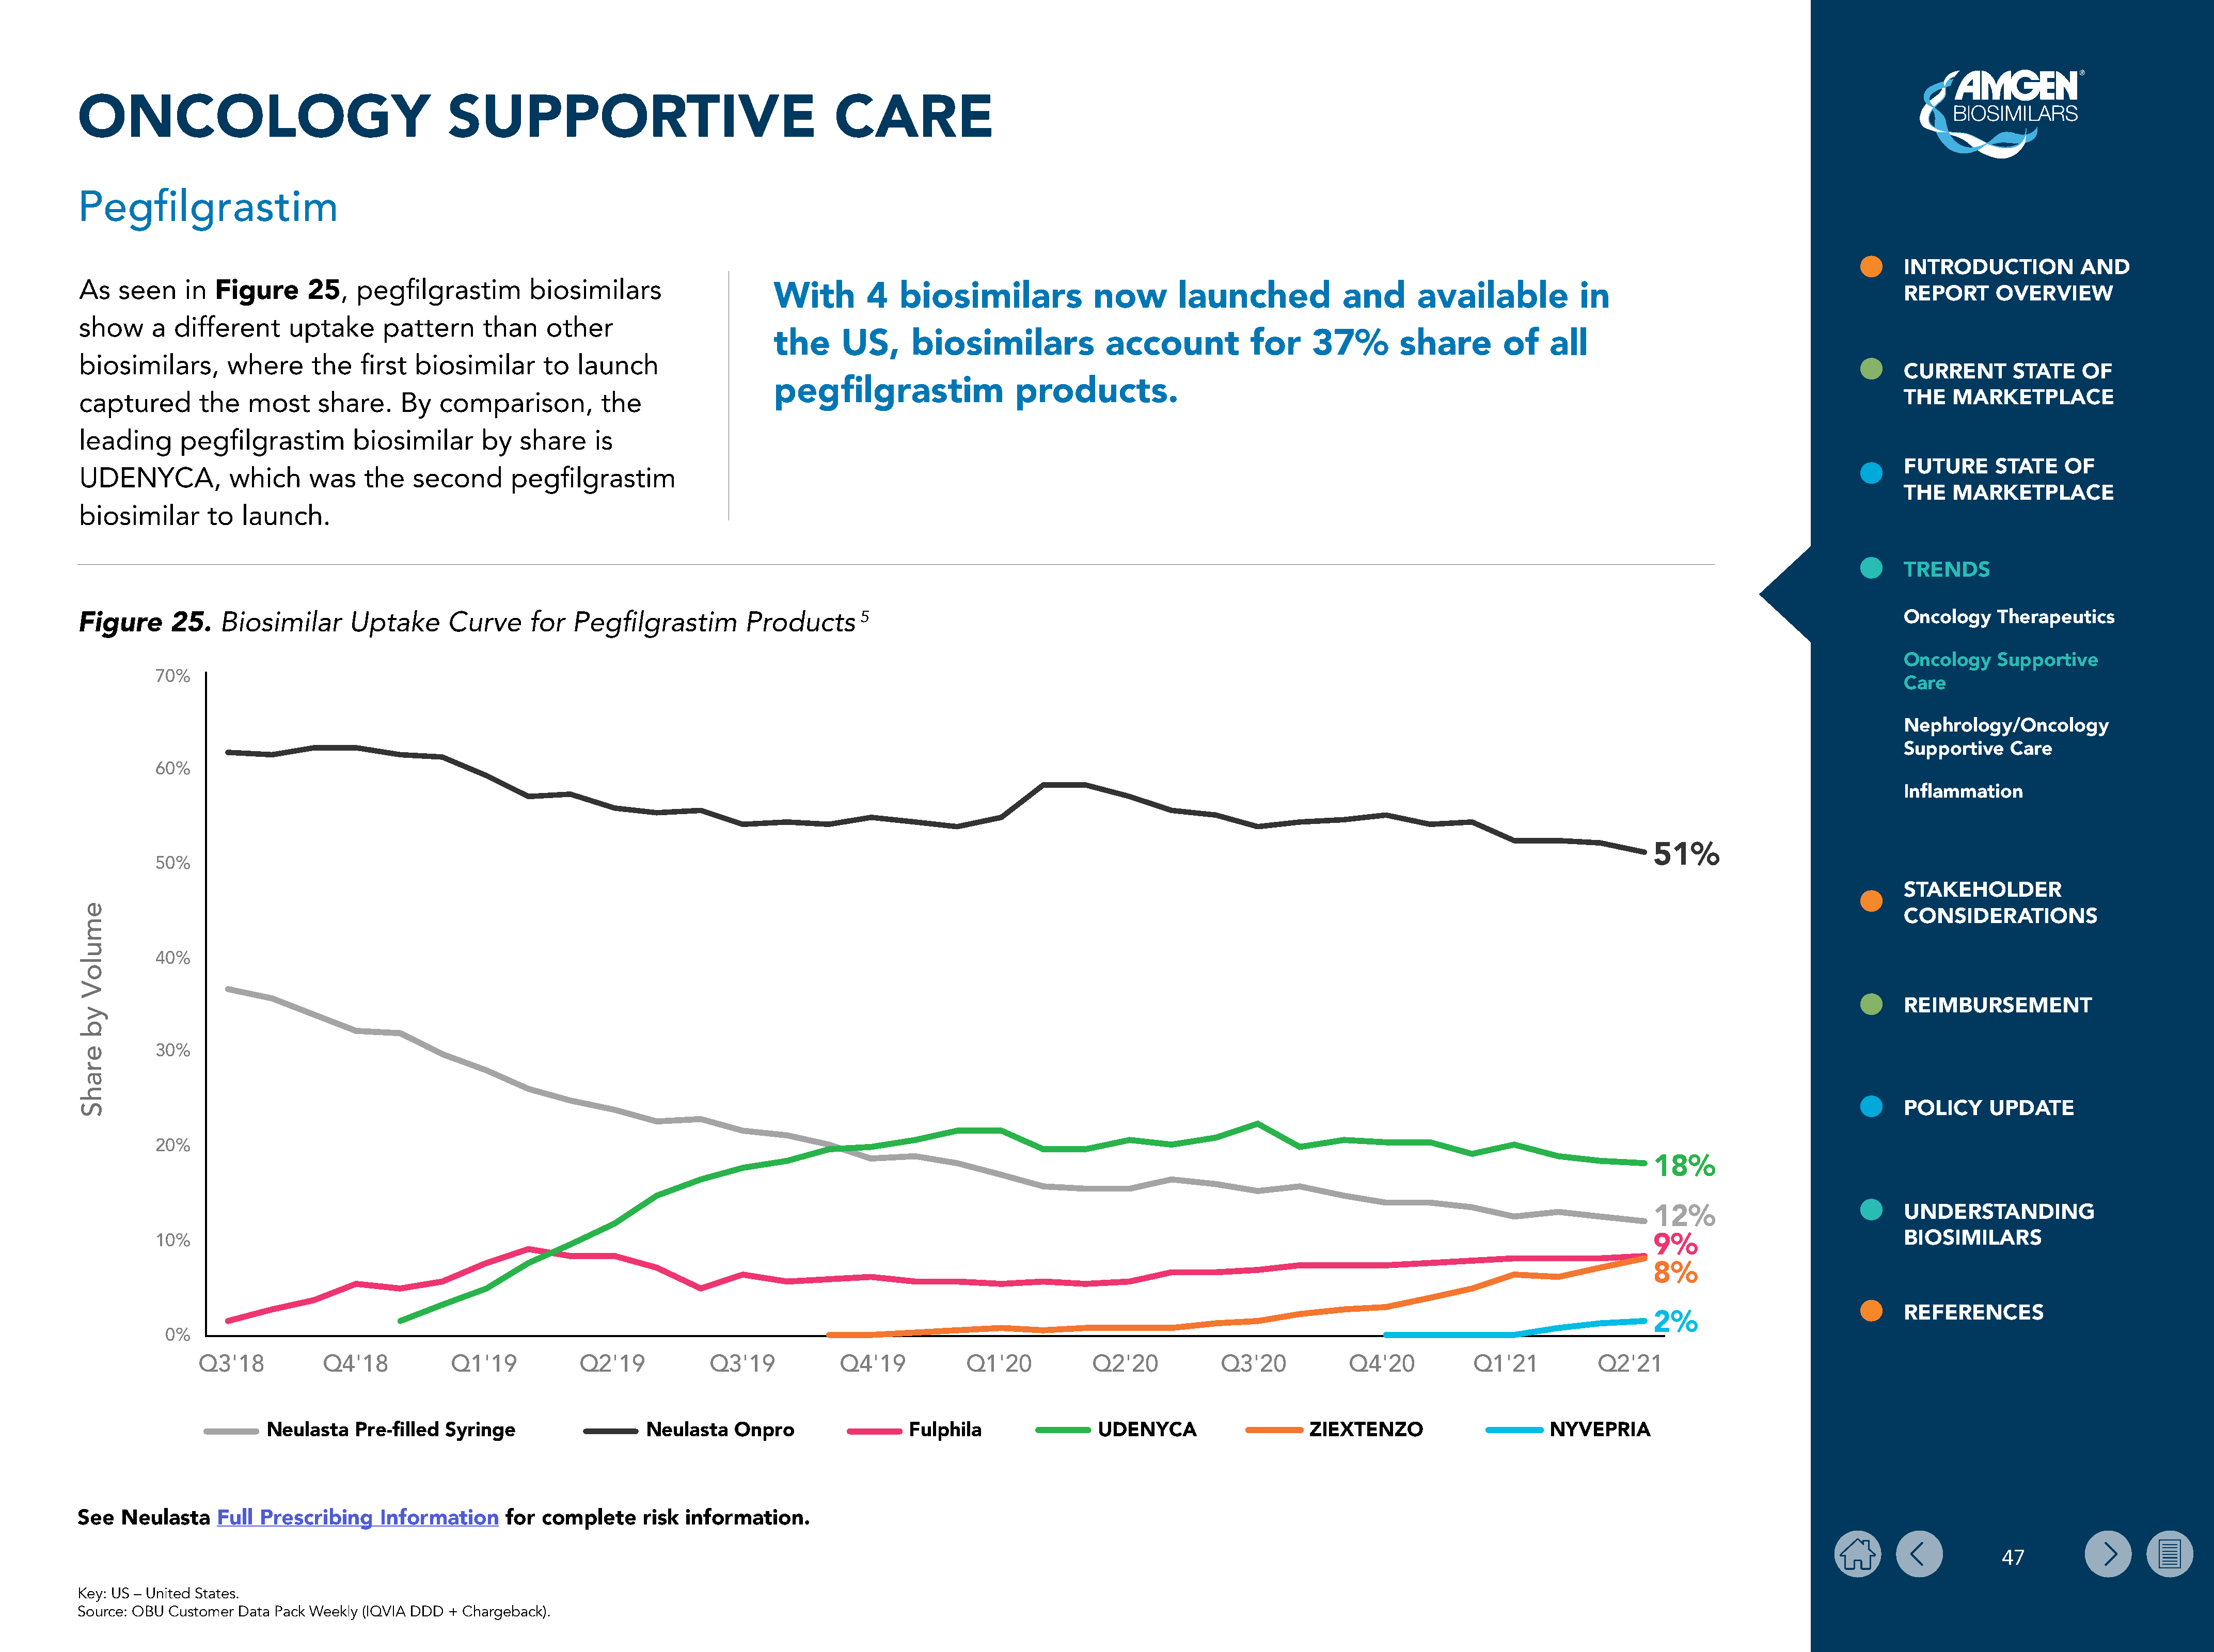
ONCOLOGY                                       SUPPORTIVE                                        CARE
 Pegfilgrastim
 INTRODUCTION           AND
 As   seen     in  Figure     25,    pegfilgrastim         biosimilars
 With        4   biosimilars              now        launched             and       available            in                                       REPORT      OVERVIEW
 show     a  different      uptake      pattern      than    other
 the      US,      biosimilars              account           for     37%        share         of    all
 biosimilars,       where      the   first  biosimilar       to  launch
 CURRENT       STATE    OF
 pegfilgrastim                  products.
 captured        the   most     share.    By   comparison,          the                                                                                                                                                                    THE   MARKETPLACE
 leading      pegfilgrastim         biosimilar       by   share    is
 FUTURE      STATE    OF
 UDENYCA,           which      was    the   second      pegfilgrastim
 THE   MARKETPLACE
 biosimilar       to  launch.
 TRENDS
 Biosimilar       Uptake      Curve      for  Pegfilgrastim         Products       5                                                                                                                                     Oncology    Therapeutics
 Figure      25.
 Oncology    Supportive
 70%
 Care
 Nephrology/Oncology
 Supportive    Care
 60%
 Inflammation
 51%
 50%
 STAKEHOLDER
 CONSIDERATIONS
 40%
 REIMBURSEMENT
 30%
 POLICY     UPDATE
 20%
 18%
 12%
 UNDERSTANDING
 10%                                                                                                                                                                                             9%                              BIOSIMILARS
 8%
 2%                              REFERENCES
 0%
 Q3'18           Q4'18            Q1'19           Q2'19            Q3'19            Q4'19           Q1'20           Q2'20           Q3'20            Q4'20           Q1'21           Q2'21
 Neulasta   Pre-filled  Syringe                   Neulasta   Onpro                 Fulphila                 UDENYCA                    ZIEXTENZO                      NYVEPRIA
 See  Neulasta     Full Prescribing     Information     for complete     risk  information.
 47
 Key: US – United States.
 Source: OBU Customer Data Pack Weekly (IQVIA DDD + Chargeback).
 emuloV
 yb
 erahS